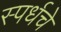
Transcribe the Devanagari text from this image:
स्पर्धचे